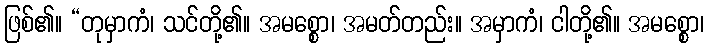
ဖြစ်၏။ “တုမှာကံ၊ သင်တို့၏။ အမစ္စော၊ အမတ်တည်း။ အမှာကံ၊ ငါတို့၏။ အမစ္စော၊